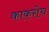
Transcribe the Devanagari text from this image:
काकरोच